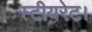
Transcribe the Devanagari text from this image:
स्टीयरेट।